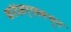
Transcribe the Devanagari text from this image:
कांदंबर्‍यामधून